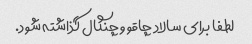
لطفا برای سالاد چاقو و چنگال گذاشته شود.